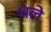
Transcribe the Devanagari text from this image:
धले